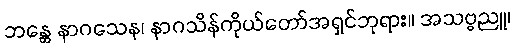
ဘန္တေ နာဂသေန၊ နာဂသိန်ကိုယ်တော်အရှင်ဘုရား။ အသဗ္ဗညူ၊